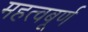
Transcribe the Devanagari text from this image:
महत्वबूर्ण